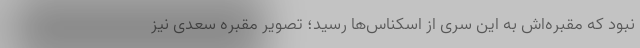
نبود که مقبره‌اش به این سری از اسکناس‌ها رسید؛ تصویر مقبره سعدی نیز